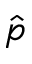
\hat { p }